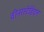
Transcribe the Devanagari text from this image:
वीनरस्टेडियन